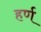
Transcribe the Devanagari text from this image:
हर्ण